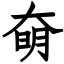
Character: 奛